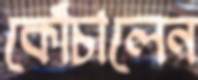
কোঁচালেন